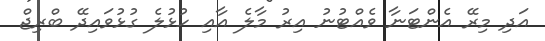
އަދި މިރޭ އެންޓަނާ ވެއްޓުނު އިރު މާލެ އާއި ހުޅުލެ ގުޅުވައިދޭ ބްރިޖް